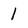
Character: 1